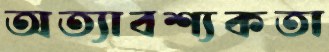
অত্যাবশ্যকতা